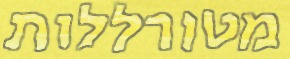
מטורללות